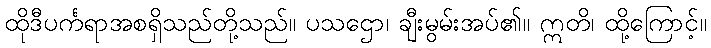
ထိုဒီပင်္ကရာအစရှိသည်တို့သည်။ ပသဌော၊ ချီးမွမ်းအပ်၏။ ဣတိ၊ ထို့ကြောင့်။